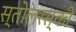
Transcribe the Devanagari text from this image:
स्तोलरस्की